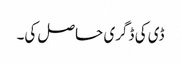
ڈی کی ڈگری حاصل کی۔